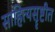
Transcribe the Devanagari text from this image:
साहित्यसॄष्टीत